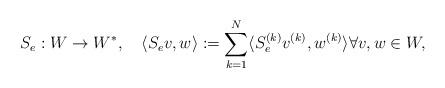
LaTeX: \begin{align*} S_e:W \to W^*, \quad\langle S_e v,w\rangle := \sum_{k=1}^N\langle S^{(k)}_e v^{(k)},w^{(k)}\rangle \forall v,w \in W, \end{align*}